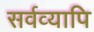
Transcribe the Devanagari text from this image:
सर्वव्यापि